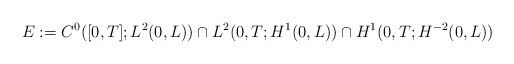
\begin{align*}E:=C^0( [0,T];L^2( 0,L) ) \cap L^2(0,T;H^1( 0,L) ) \cap H^{1}( 0,T;H^{-2}(0,L) )\end{align*}